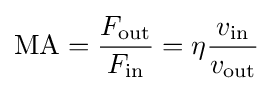
\mathrm {MA} ={F_{\text{out}} \over F_{\text{in}}}=\eta {v_{\text{in}} \over v_{\text{out}}}